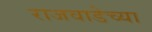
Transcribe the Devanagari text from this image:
राजवाडेच्या